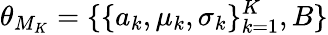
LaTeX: \theta_{M_{K}}=\{ \{ a_{k},\mu_{k},\sigma_{k}\} _{k=1}^{K},B\}